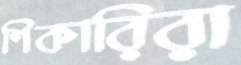
শিকারিরা